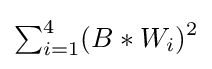
\textstyle \sum _{i=1}^{4}\displaystyle (B*W_{i})^{2}